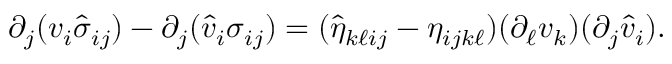
\begin{array} { r } { \partial _ { j } ( v _ { i } \hat { \sigma } _ { i j } ) - \partial _ { j } ( \hat { v } _ { i } \sigma _ { i j } ) = ( \hat { \eta } _ { k \ell i j } - \eta _ { i j k \ell } ) ( \partial _ { \ell } v _ { k } ) ( \partial _ { j } \hat { v } _ { i } ) . } \end{array}